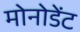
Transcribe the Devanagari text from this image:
मोनोडेंट